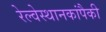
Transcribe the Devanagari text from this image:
रेल्वेस्थानकांपैकी